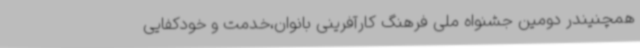
همچنیندر دومین جشنواه ملی فرهنگ کارآفرینی بانوان،خدمت و خودکفایی